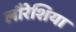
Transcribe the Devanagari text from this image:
लौरेशिया